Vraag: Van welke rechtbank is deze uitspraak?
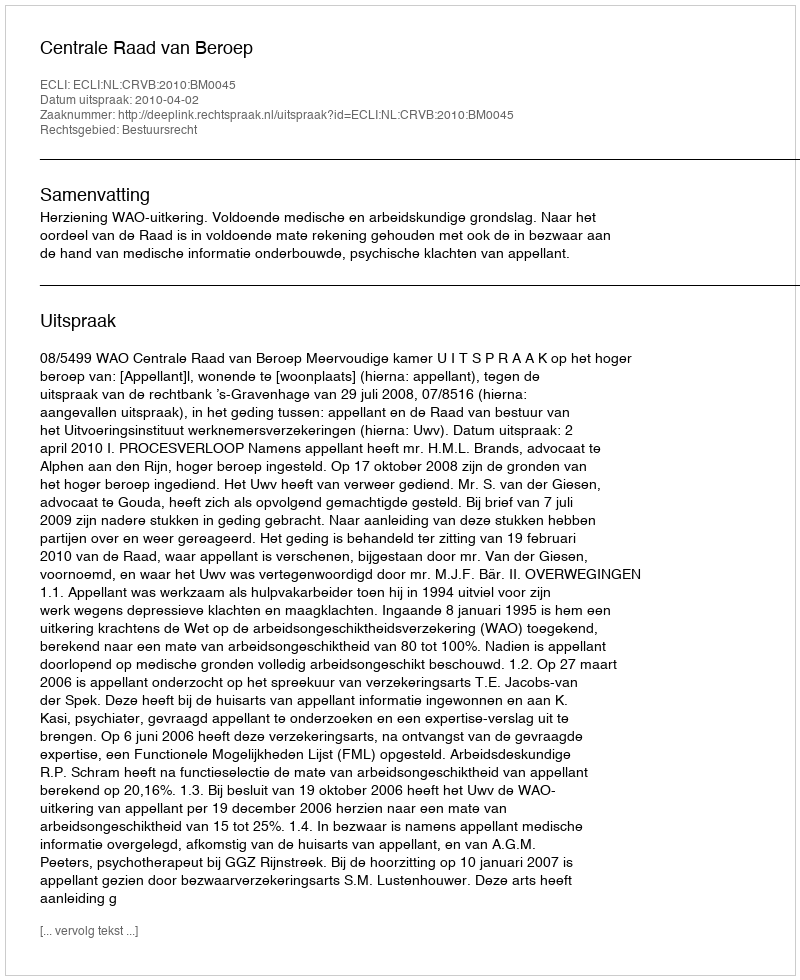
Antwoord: Centrale Raad van Beroep